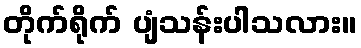
တိုက်ရိုက် ပျံသန်းပါသလား။